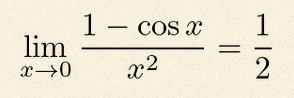
\lim_{x\to0}\frac{1-\cos x}{x^2}=\frac12